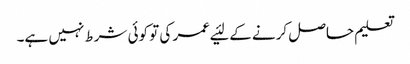
تعلیم حاصل کرنے کے لئیے عمر کی تو کوئی شرط نہیں ہے۔